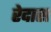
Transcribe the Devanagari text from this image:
रेदास